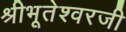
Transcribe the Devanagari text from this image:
श्रीभूतेश्वरजी